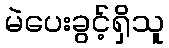
မဲပေးခွင့်ရှိသူ